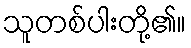
သူတစ်ပါးတို့၏။